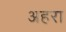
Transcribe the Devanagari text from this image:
अहरा